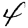
Digit: 4